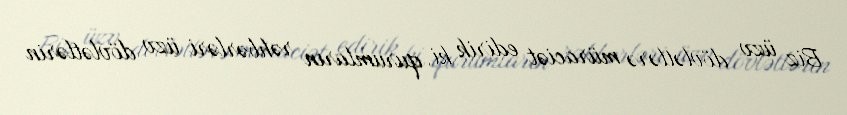
Biz üzv dövlətlərə müraciət edirik ki, qurumların rəhbərləri üzv dövlətlərin